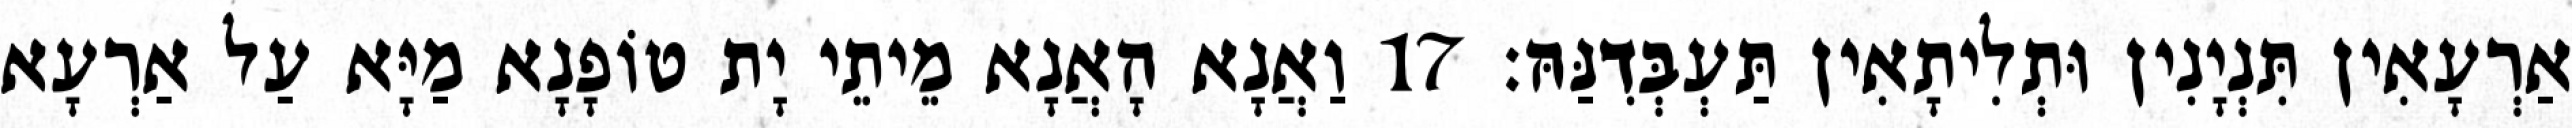
אַרְעָאִין תִּנְיָנִין וּתְלִיתָאִין תַּעְבְּדִנַּהּ׃ 17 וַאֲנָא הָאֲנָא מֵיתֵי יָת טוֹפָנָא מַיָּא עַל אַרְעָא